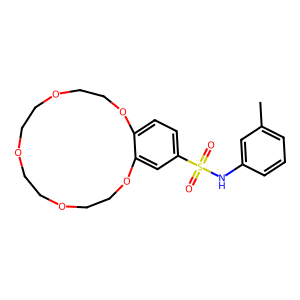
SMILES: Cc1cccc(NS(=O)(=O)c2ccc3c(c2)OCCOCCOCCOCCO3)c1
Inhibits HIV replication: No